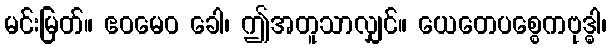
မင်းမြတ်။ ဧဝမေဝ ခေါ၊ ဤအတူသာလျှင်။ ယေတေပစ္စေကဗုဒ္ဓါ၊